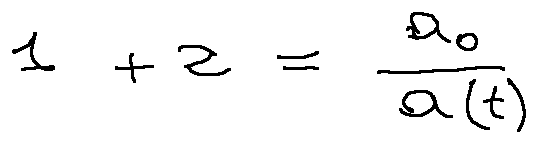
1 + z = \frac { a _ { 0 } } { a ( t ) }